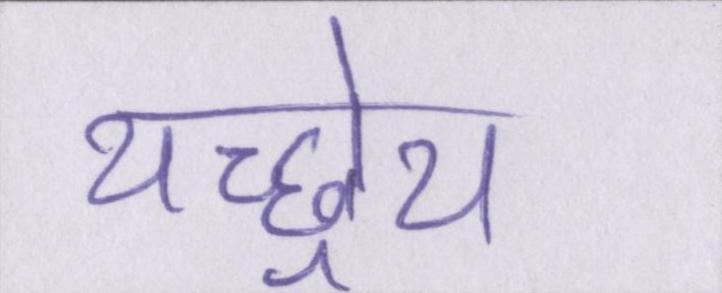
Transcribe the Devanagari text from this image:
यच्छ्रेय